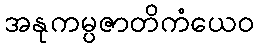
အနုကမ္ပဇာတိကံယေဝ